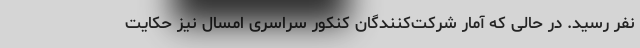
نفر رسید. در حالی که آمار شرکت‌کنندگان کنکور سراسری امسال نیز حکایت